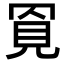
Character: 𧠓